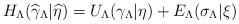
LaTeX: \begin{align*}H_{\Lambda }(\widehat{\gamma }_{\Lambda }|\widehat{\eta })=U_{\Lambda}(\gamma _{\Lambda }|\eta )+E_{\Lambda }(\sigma _{\Lambda }|\xi )\end{align*}